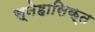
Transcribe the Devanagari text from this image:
स्नेहासिक्त